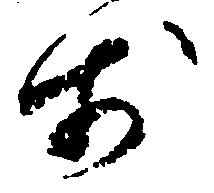
歩